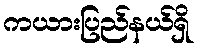
ကယားပြည်နယ်ရှိ